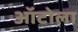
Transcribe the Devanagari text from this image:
ऑटोला